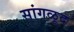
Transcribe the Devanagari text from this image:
सांगळूद